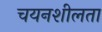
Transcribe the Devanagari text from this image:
चयनशीलता